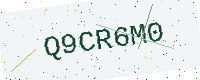
Text: Q9CR6M0